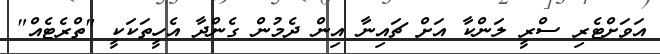
އަވަށްޓެރި ސްރީ ލަންކާ އަށް ޗައިނާ އިން ދެމުން ގެންދާ އެހީތަކަކީ "ތްރެޓެއް"